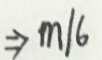
\Rightarrow m / 6